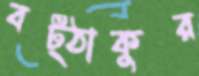
বট্‌ঠাকুর